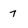
Character: 7